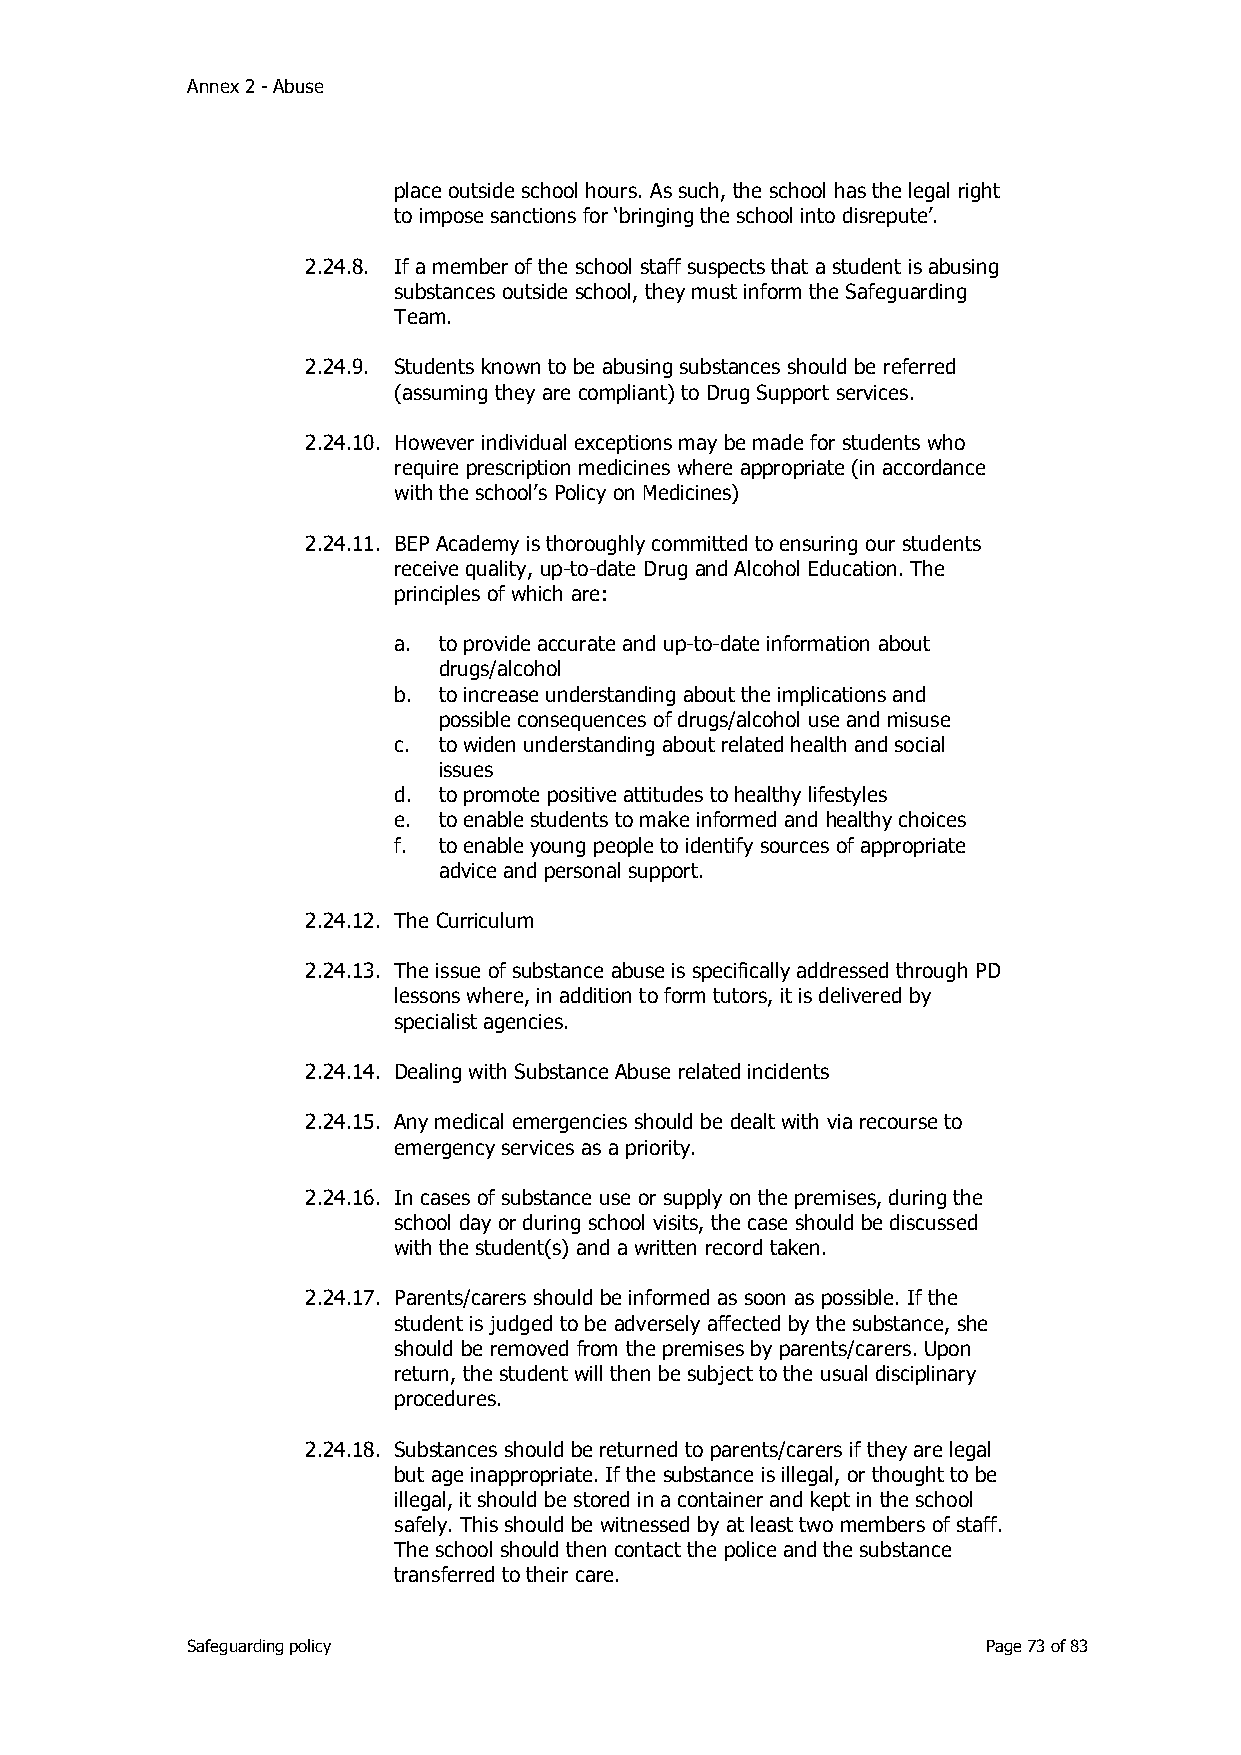
Annex 2 - Abuse
 place outside school hours. As such, the school has the legal right
 to impose sanctions for ‘bringing the school into disrepute’.
 2.24.8. If a member of the school staff suspects that a student is abusing
 substances outside school, they must inform the Safeguarding
 Team.
 2.24.9. Students known to be abusing substances should be referred
 (assuming they are compliant) to Drug Support services.
 2.24.10. However individual exceptions may be made for students who
 require prescription medicines where appropriate (in accordance
 with the school’s Policy on Medicines)
 2.24.11. BEP Academy is thoroughly committed to ensuring our students
 receive quality, up-to-date Drug and Alcohol Education. The
 principles of which are:
 a. to provide accurate and up-to-date information about
 drugs/alcohol
 b. to increase understanding about the implications and
 possible consequences of drugs/alcohol use and misuse
 c. to widen understanding about related health and social
 issues
 d. to promote positive attitudes to healthy lifestyles
 e. to enable students to make informed and healthy choices
 f. to enable young people to identify sources of appropriate
 advice and personal support.
 2.24.12. The Curriculum
 2.24.13. The issue of substance abuse is specifically addressed through PD
 lessons where, in addition to form tutors, it is delivered by
 specialist agencies.
 2.24.14. Dealing with Substance Abuse related incidents
 2.24.15. Any medical emergencies should be dealt with via recourse to
 emergency services as a priority.
 2.24.16. In cases of substance use or supply on the premises, during the
 school day or during school visits, the case should be discussed
 with the student(s) and a written record taken.
 2.24.17. Parents/carers should be informed as soon as possible. If the
 student is judged to be adversely affected by the substance, she
 should be removed from the premises by parents/carers. Upon
 return, the student will then be subject to the usual disciplinary
 procedures.
 2.24.18. Substances should be returned to parents/carers if they are legal
 but age inappropriate. If the substance is illegal, or thought to be
 illegal, it should be stored in a container and kept in the school
 safely. This should be witnessed by at least two members of staff.
 The school should then contact the police and the substance
 transferred to their care.
 Safeguarding policy                                  Page 73 of 83